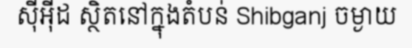
ស៊ីអ៊ីដ ស្ថិតនៅក្នុងតំបន់ Shibganj ចម្ងាយ